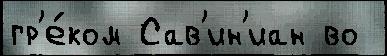
гр'е́ком Сав'ин'иан во